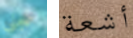
سجني أشعة